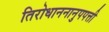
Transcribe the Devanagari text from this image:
तिरोधाननानुपपत्ती